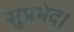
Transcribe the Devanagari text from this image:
सुप्रभेद।